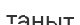
таныт